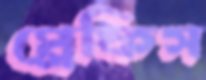
প্লেফিস